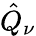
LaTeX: \hat{Q}_{\nu}